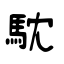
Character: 馾